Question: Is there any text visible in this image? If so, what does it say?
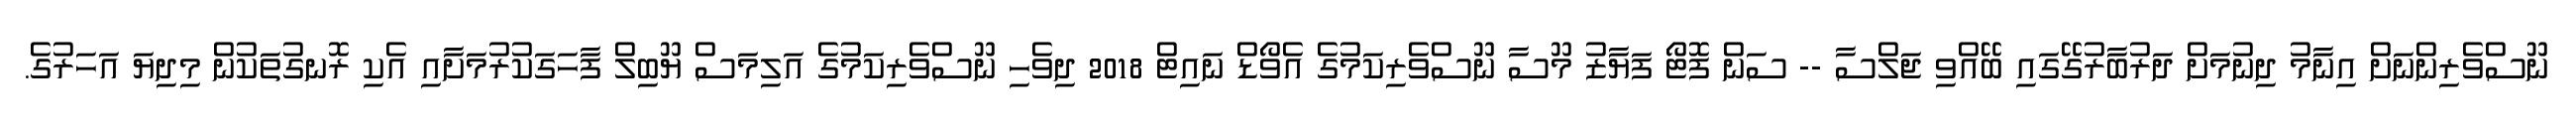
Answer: ނޫސްވެރިންނަށް އިނާމު ދިނުމަށް ދަރުބާރުގޭގައި ބޭއްވި ޖަލްސާ -- ސަން ފޮޓޯ ފަޔާޒު މޫސާ ނޫސްވެރިކަމުގެ އެވޯޑް ނައިޓް 2018 ދިވެހި ނޫސްވެރިކަމުގެ އަލިމަސް ޔޫބިލް ފާހަގަކުރުމަށާއި އެކި ރޮނގުތަކުން މިދިޔަ އަހަރުގެ.